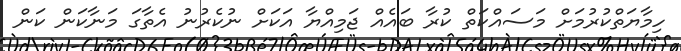
ހިމާޔަތްކުރުމަށް މަސައްކަތް ކުރާ ބައެއް ޖަމިއްޔާ އަކަށް ނުކެރުނު އެތާގަ މަނާކަން ކަން